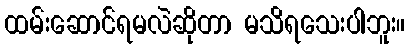
ထမ်းဆောင်ရမလဲဆိုတာ မသိရသေးပါဘူး။